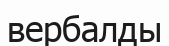
вербалды